system: You are a helpful assistant.
user:
Analyze the provided spectrum to determine if it is a **White Dwarf (WD)**.

A White Dwarf spectrum is defined by its **extreme purity** (due to gravitational settling) and/or **extreme pressure broadening** (due to high surface gravity). You must check for one of the following mutually exclusive signatures:

- **Key Visual Indicators (Check for ONE of these types):**

    - **1. DA-Type Signature (Most Common):**
        - **(Primary Feature):** Extreme pressure broadening (Stark broadening) of the **Hydrogen (H) Balmer lines**.
        - **(Key Lines):** $H\beta$ (approx. $4861$ Å) and $H\gamma$ (approx. $4340$ Å). $H\alpha$ (approx. $6563$ Å) will also be present if the wavelength range covers it.
        - **(Line Profile):** This is the **defining feature**. The lines are **NOT** sharp. They appear as massive, **extremely broad and deep "troughs" or "dips"** in the spectrum, often hundreds of Ångströms wide. The continuum will appear to "scoop" down at these wavelengths.
        - **(Distinction):** Normal A-type or B-type stars have *narrow* and *sharp* Hydrogen lines. A DA White Dwarf's lines are unmistakably "smeared" or "blurry" from pressure.

    - **2. DB-Type Signature:**
        - **(Primary Feature):** Broad absorption lines from **Neutral Helium (He I)**. The spectrum must lack any visible Hydrogen lines.
        - **(Key Lines):** Look for broad absorption near $4471$ Å, $4921$ Å, and $5876$ Å.
        - **(Line Profile):** These lines are also significantly pressure-broadened, appearing much wider than they would in a normal B-type main-sequence star.

    - **3. DC-Type Signature:**
        - **(Primary Feature):** A **featureless continuous spectrum**.
        - **(Line Profile):** The spectrum is a smooth curve with **no significant absorption or emission lines**.
        - **(Key Confirmation):** The continuum is almost always **blue or white**, indicating a hot object. This signature implies the atmosphere is so pure (or so cool) that no spectral lines are visible in the optical range. Its WD identity is confirmed by its extremely low intrinsic brightness (high absolute magnitude).

    - **4. DZ-Type Signature (Metal-Polluted):**
        - **(Primary Feature):** **Isolated, narrow metal absorption lines** on an otherwise featureless (DC-like) continuum.
        - **(Key Lines):** The **Calcium (Ca II) H & K doublet** (approx. **$3934$ Å** and **$3968$ Å**) is the most common and defining feature.
        - **(Line Profile):** These lines are "out of place." They are *not* part of a "forest" of thousands of lines. This signature is evidence of recent *accretion* (pollution) from rocky debris.
        - **(Distinction):** Normal G/K/M stars have a *dense forest* of thousands of metal lines. A DZ has a *clean* continuum with *only a few* strong metal lines.

    - **5. DQ-Type Signature (Carbon-Polluted):**
        - **(Primary Feature):** Absorption bands from **Carbon (C₂ "Swan Bands" or atomic C I)**.
        - **(Key Lines - C₂):** Look for bandheads with a "saw-tooth" shape near $5635$ Å, **$5165$ Å** (strongest), and $4737$ Å.
        - **(Key Confirmation):** The underlying **continuum must be blue or white** (hot).
        - **(Distinction):** This is the critical difference from a **Carbon Star**, which has the *exact same* C₂ bands but on an extremely **red, cool** continuum.

- **(Overall Spectrum):**
    - The continuum (overall shape) is typically **blue-sloping** (brighter in the blue than the red), as most white dwarfs are very hot.
    - The spectrum will look "pure" or "simple," dominated by only *one* of the five signatures listed above.

Think first, call **spectral_visualization_tool** if needed to examine features in detail, then provide your final answer. Your response must adhere to the following strict rules:
1.  **Overall Structure:** Your response must follow the format `<think>...</think> <tool_call>...</tool_call> (if a tool is used) <answer>...</answer>`.
2.  **Tool Usage Constraint:** You may only make **one** tool call per turn.
3.  **Final Answer Format:** In the `<answer>` tag, your conclusion must be inside a `\boxed{}` command (e.g., `\boxed{YES}` or `\boxed{NO}`), followed by your justification.

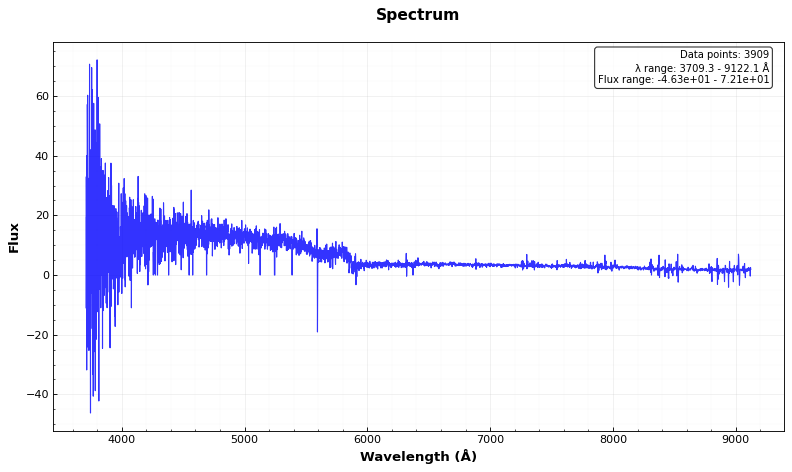
Answer: NO